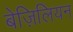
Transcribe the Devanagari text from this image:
बेज़िलियन